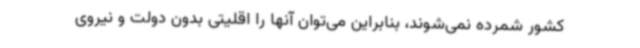
کشور شمرده نمی‌شوند، بنابراین می‌توان آنها را اقلیتی بدون دولت و نیروی